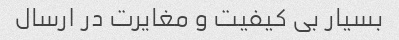
بسیار بى کیفیت و مغایرت در ارسال